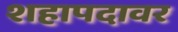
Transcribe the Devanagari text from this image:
शहापदावर